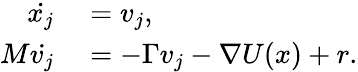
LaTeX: \begin{array}{rl}{\dot{x_{j}}}&{{}=v_{j},}\\ {M\dot{v_{j}}}&{{}=-\Gamma v_{j}-\nabla U(x)+r.}\end{array}